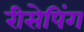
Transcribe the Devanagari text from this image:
रीसेपिंग